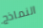
النماذج